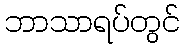
ဘာသာရပ်တွင်